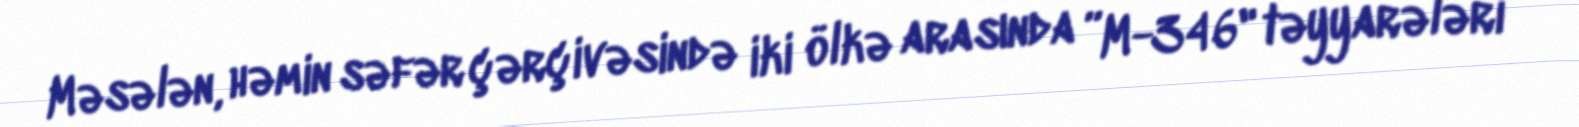
Məsələn, həmin səfər çərçivəsində iki ölkə arasında ”M-346" təyyarələri